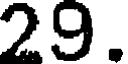
29.